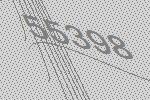
55398